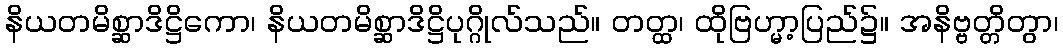
နိယတမိစ္ဆာဒိဋ္ဌိကော၊ နိယတမိစ္ဆာဒိဋ္ဌိပုဂ္ဂိုလ်သည်။ တတ္ထ၊ ထိုဗြဟ္မာ့ပြည်၌။ အနိဗ္ဗတ္တိတွာ၊